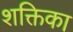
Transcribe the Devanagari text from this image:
शक्तिका